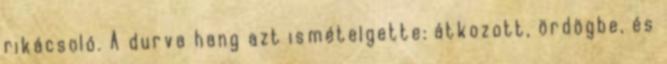
rikácsoló. A durva hang azt ismételgette: átkozott, ördögbe, és